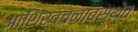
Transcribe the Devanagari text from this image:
आशिर्वचनावस्थेत